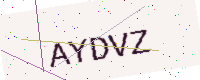
Text: AYDVZ